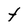
Character: t